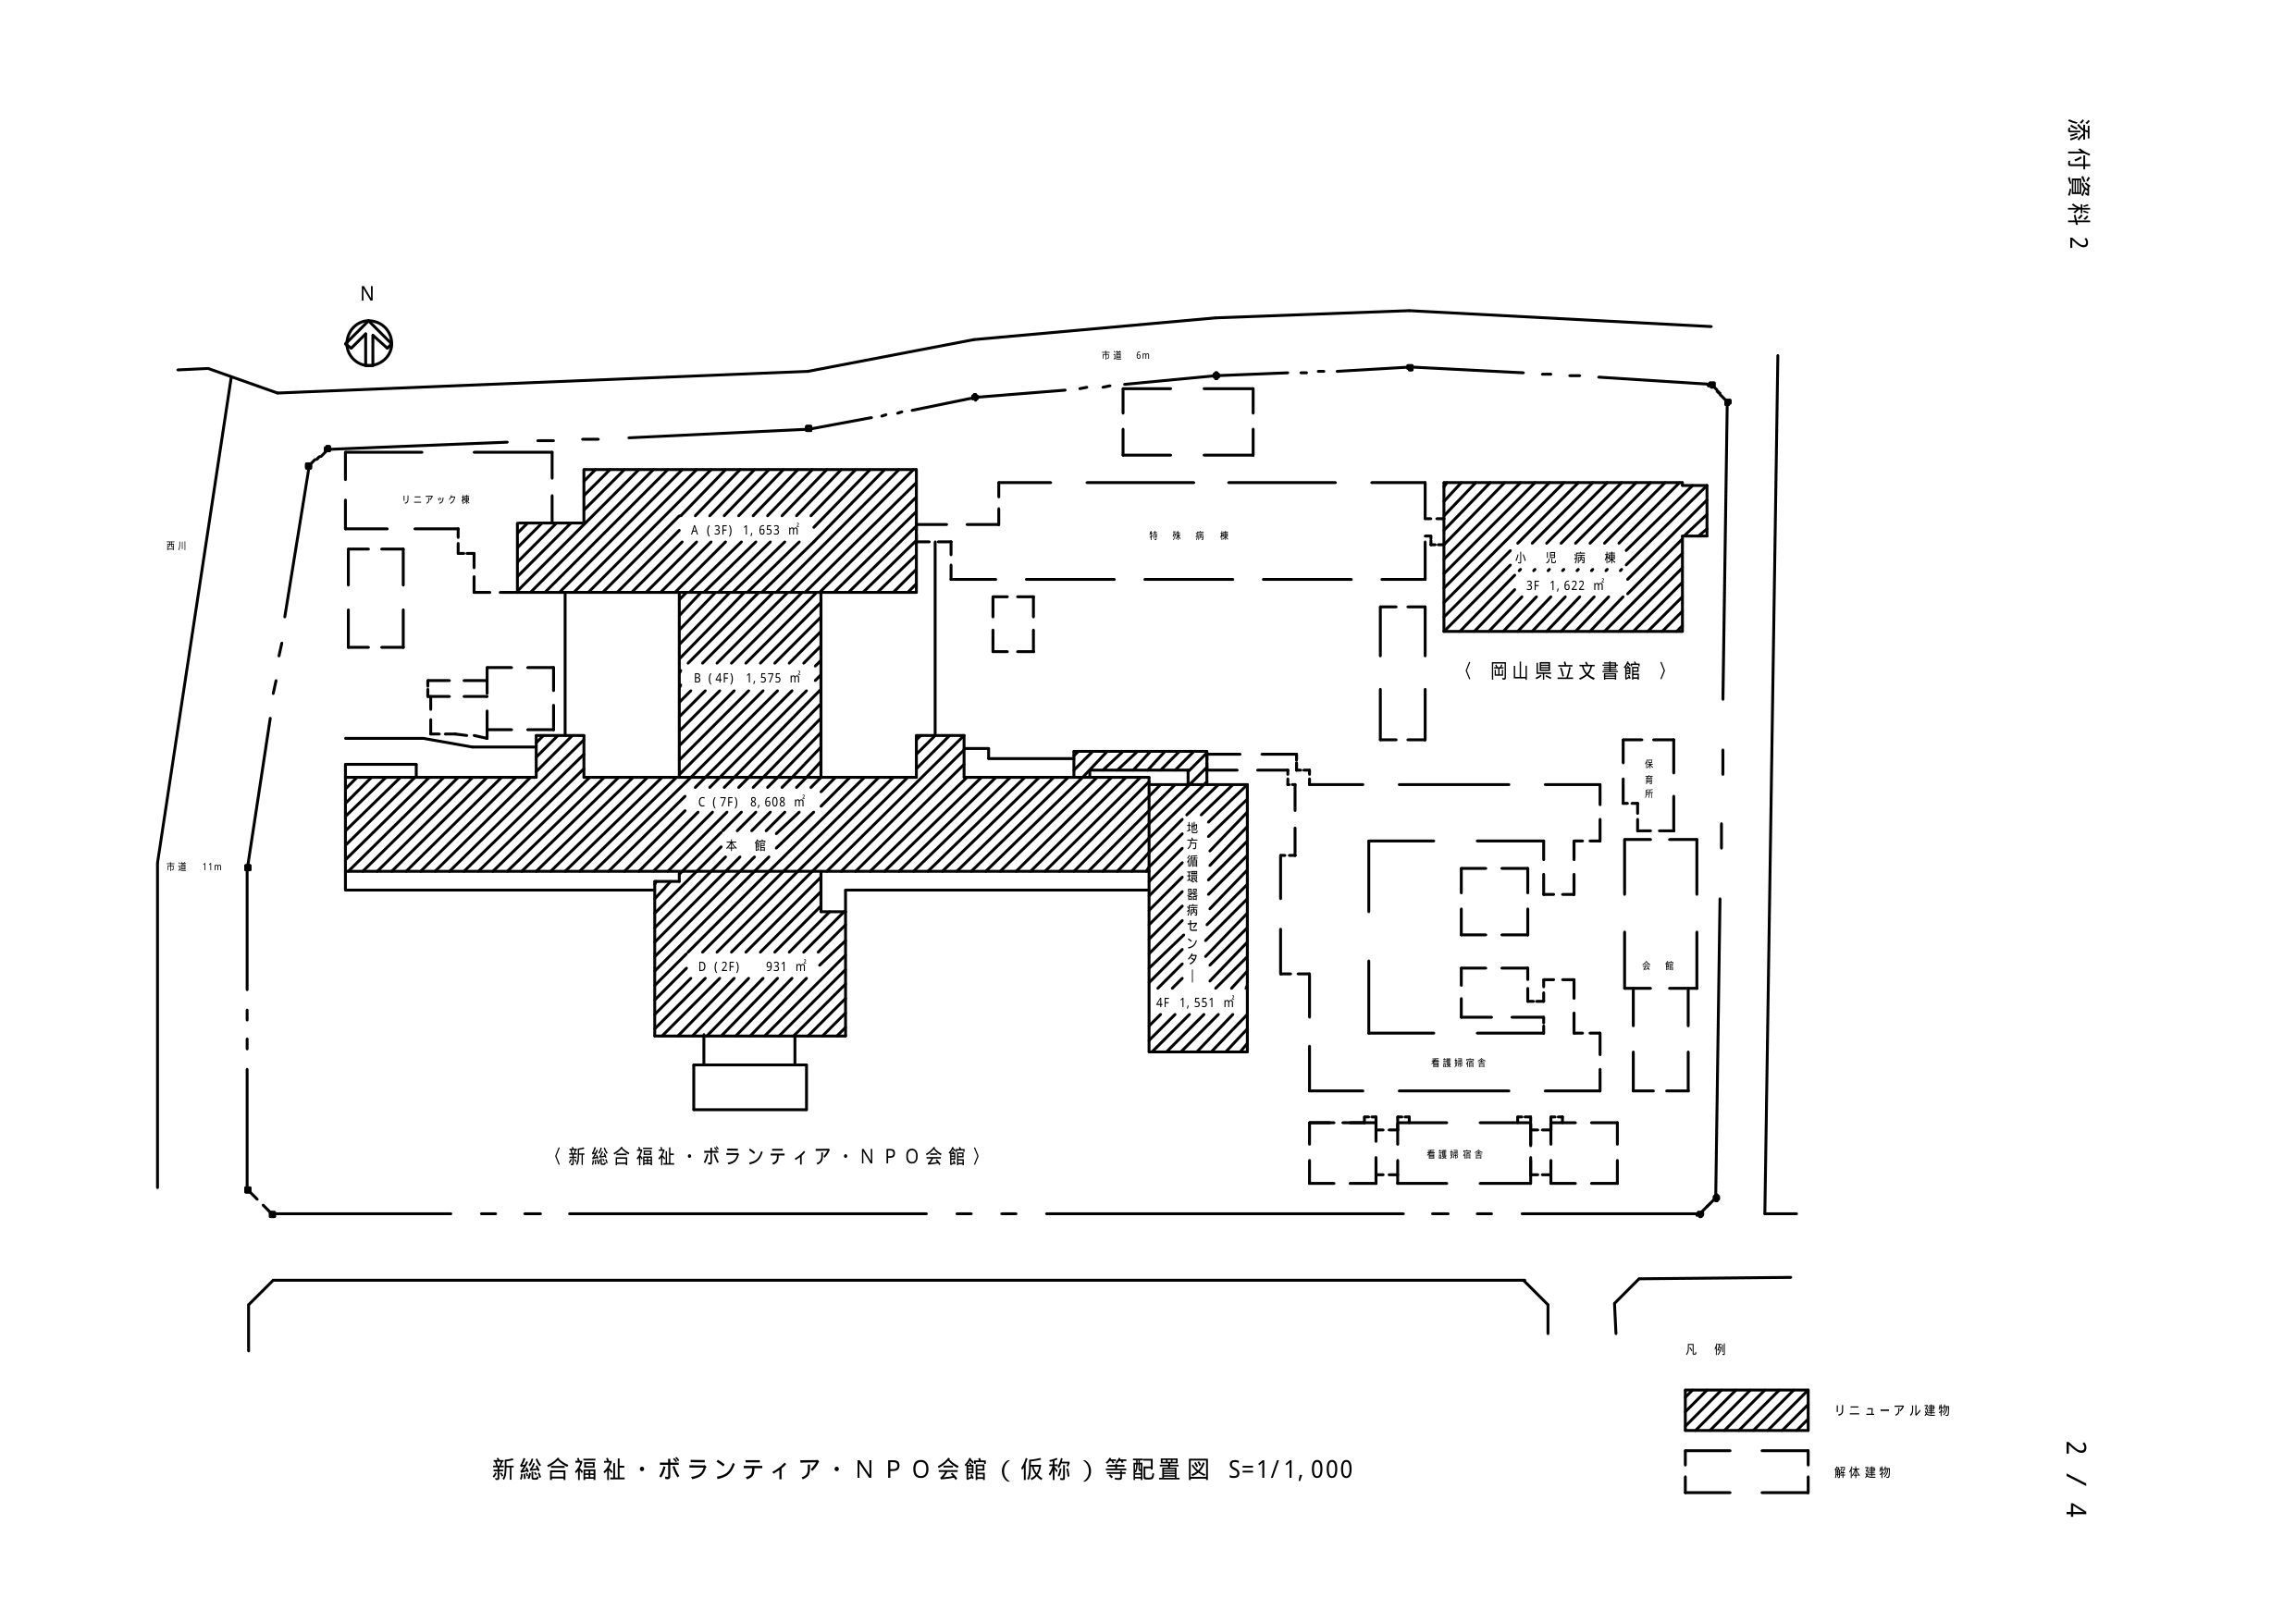
添付資料 2

N

西川
市道 11m
市道 6m

リニアック棟
A (3F) 1,653 ㎡
B (4F) 1,575 ㎡
C (7F) 8,608 ㎡
本館
D (2F) 931 ㎡

特殊病棟
小児病棟
3F 1,622 ㎡
〈岡山県立文書館〉

地方循環器病センター
4F 1,551 ㎡

保育所
会館
看護婦宿舎
看護婦宿舎

〈新総合福祉・ボランティア・NPO会館〉

凡例
リニューアル建物
解体建物

新総合福祉・ボランティア・NPO会館（仮称）等配置図 S=1/1,000

2 / 4